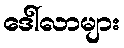
ဒေါ်လာများ